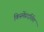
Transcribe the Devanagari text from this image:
किस्मेंप्रदर्शित